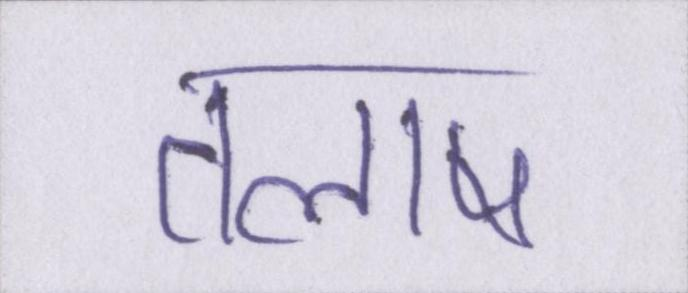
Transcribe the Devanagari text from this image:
तलाष